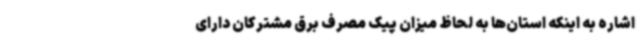
اشاره به اینکه استان‌ها به لحاظ میزان پیک مصرف برق مشترکان دارای